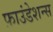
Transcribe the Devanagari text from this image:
फ़ाउंडेशन्स